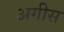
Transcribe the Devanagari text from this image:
अगीस